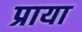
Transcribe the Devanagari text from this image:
प्राया